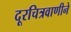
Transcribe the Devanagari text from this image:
दूरचित्रवाणीने